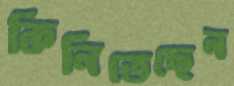
কিনিতেছেন